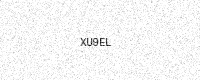
Text: XU9EL